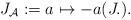
LaTeX: \begin{align*}J_{\mathcal{A}}:=a \mapsto -a(J.).\end{align*}